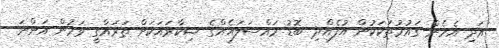
އަދި އެހެން ގައުމުތަކަކުން އުފެއްދި ބޮޑު މައްސަލައެއްގެ ޝިކާރައަކަށް ތަރައްގީ ވަމުން އަންނަ